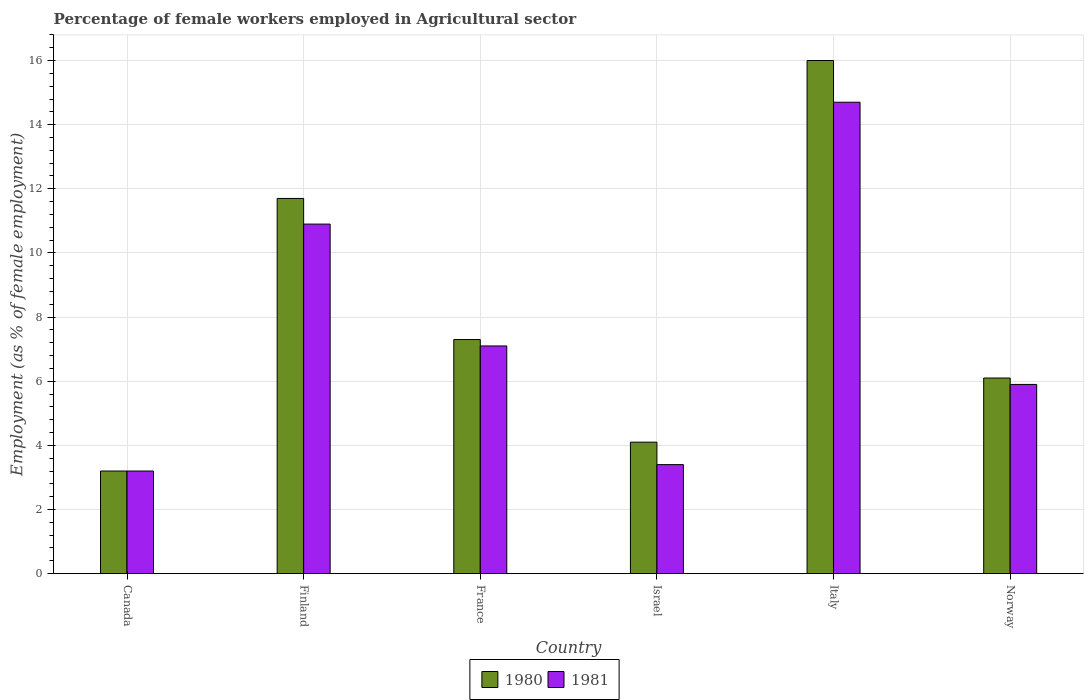
| Country | 1980 | 1981 |
 | --- | --- | --- |
 | Canada | 3.2 | 3.2 |
 | Finland | 11.7 | 10.9 |
 | France | 7.3 | 7.1 |
 | Israel | 4.1 | 3.4 |
 | Italy | 16 | 14.7 |
 | Norway | 6.1 | 5.9 |